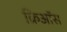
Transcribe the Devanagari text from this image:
क्रिऑस